system: You are a helpful assistant.
user:
Analyze the provided spectrum to determine if it is a **"Cataclysmic Variables (CV)"**.

- **Key Indicators for CV (Check for either state):**
    - **State 1: Quiescent / Low-State (Emission-Dominated)**
        - **(Primary):** Strong and *very broad* Hydrogen Balmer emission lines (e.g., $H\alpha$ at 6563 Å, $H\beta$ at 4861 Å). The 'broadness' (high velocity dispersion, often FWHM > 1000 km/s) is the key diagnostic, indicating a high-velocity accretion disk.
        - **(Secondary):** Broad neutral Helium (He I) emission lines (e.g., 5876 Å, 6678 Å).
        - **(Key Confirmation):** Presence of high-excitation *ionized* Helium (He II) emission at 4686 Å. This is a strong indicator of accretion onto a white dwarf.
        - **(Line Profile):** Emission lines may exhibit a 'double-peaked' profile, which is a classic signature of a rotating accretion disk viewed at high inclination.

    - **State 2: Outburst / High-State (Absorption-Dominated)**
        - **(Primary):** Spectrum is dominated by a bright, blue continuum (looks like a hot star).
        - **(Secondary):** The emission lines from State 1 are weak, absent, or 'filled in', and are replaced by broad, shallow *absorption* lines (primarily Balmer and He I).
        - **(Morphology):** The overall spectrum mimics a hot B/A-type star. The crucial difference is that the absorption lines are significantly broader, shallower, and more 'washed-out' (or 'smeared') than the sharp lines of a normal stellar photosphere, due to high rotational speeds and pressure broadening in the disk.

Think first, call **spectral_visualization_tool** if needed to examine features in detail, then provide your final answer. Your response must adhere to the following strict rules:
1.  **Overall Structure:** Your response must follow the format `<think>...</think> <tool_call>...</tool_call> (if a tool is used) <answer>...</answer>`.
2.  **Tool Usage Constraint:** You may only make **one** tool call per turn.
3.  **Final Answer Format:** In the `<answer>` tag, your conclusion must be inside a `\boxed{}` command (e.g., `\boxed{YES}`), followed by your justification.

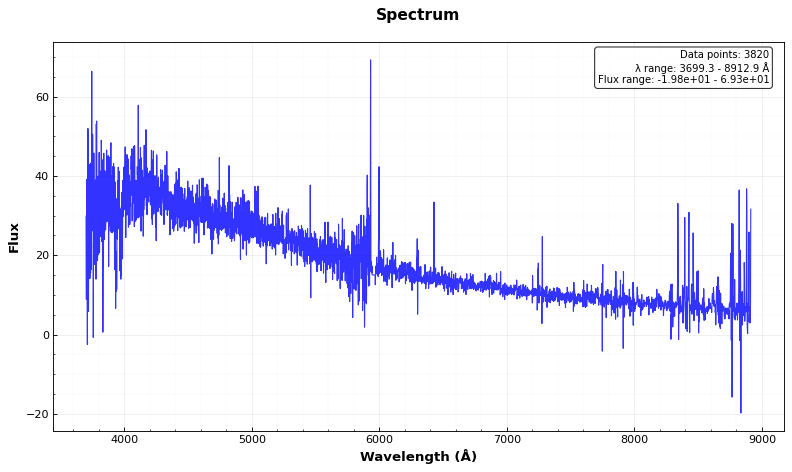
Answer: NO